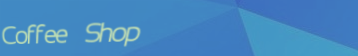
Coffee Shop